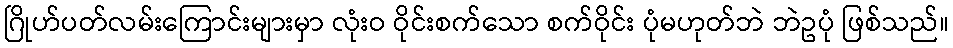
ဂြိုဟ်ပတ်လမ်းကြောင်းများမှာ လုံးဝ ဝိုင်းစက်သော စက်ဝိုင်း ပုံမဟုတ်ဘဲ ဘဲဥပုံ ဖြစ်သည်။